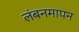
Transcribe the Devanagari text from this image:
लंबनमापन